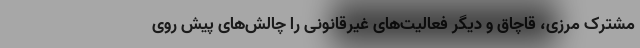
مشترک مرزی، قاچاق و دیگر فعالیت‌های غیرقانونی را چالش‌های پیش روی